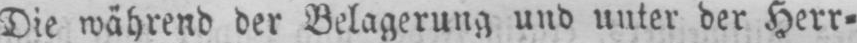
Die während der Belagerung und unter der Herr⸗